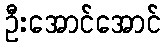
ဦးအောင်အောင်